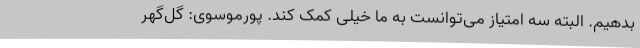
بدهیم. البته سه امتیاز می‌توانست به ما خیلی کمک کند. پورموسوی: گل‌گهر